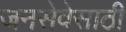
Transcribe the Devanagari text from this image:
जनसेवेसाठी